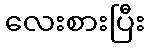
လေးစားပြီး